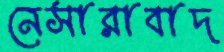
নেসারাবাদ